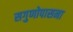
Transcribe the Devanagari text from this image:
सगुणोपासना